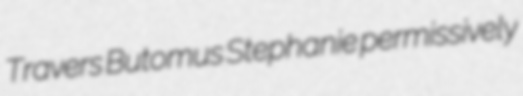
Travers Butomus Stephanie permissively